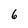
Character: 6